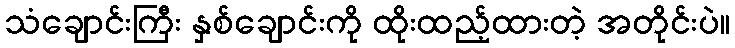
သံချောင်းကြီး နှစ်ချောင်းကို ထိုးထည့်ထားတဲ့ အတိုင်းပဲ။